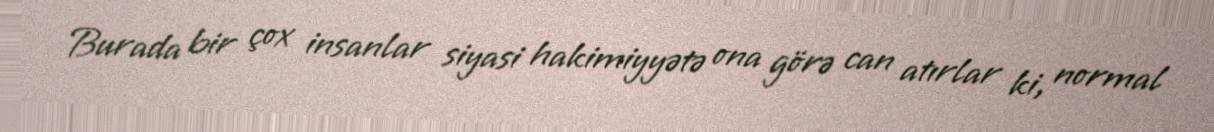
Burada bir çox insanlar siyasi hakimiyyətə ona görə can atırlar ki, normal